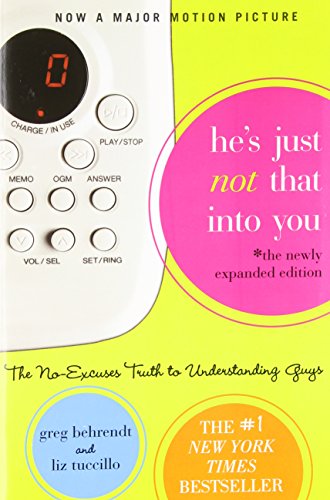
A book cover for He's Just Not That Into You: The No-Excuses Truth to Understanding Guys; Greg Behrendt; Humor & Entertainment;